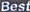
Best